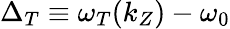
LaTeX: \Delta_{T}\equiv\omega_{T}(k_{Z})-\omega_{0}